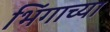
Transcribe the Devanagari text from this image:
भिंगाच्या